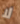
لا